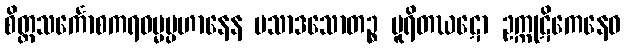
စိတ္တသင်္ကောစကရဓမ္မပ္ပဟာနေန ပသာဒသောတဉ္စ ပူရိတဃဋော ဥက္ကုဋိကေနေဝ